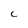
Character: C